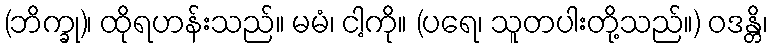
(ဘိက္ခု)၊ ထိုရဟန်းသည်။ မမံ၊ ငါ့ကို။ (ပရေ၊ သူတပါးတို့သည်။) ဝဒန္တိ၊